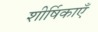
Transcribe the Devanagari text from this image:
शीर्षिकाएँ